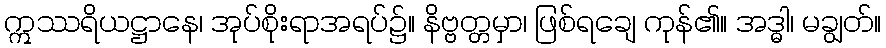
ဣဿရိယဋ္ဌာနေ၊ အုပ်စိုးရာအရပ်၌။ နိဗ္ဗတ္တမှာ၊ ဖြစ်ရချေ ကုန်၏။ အဒ္ဓါ၊ မချွတ်။